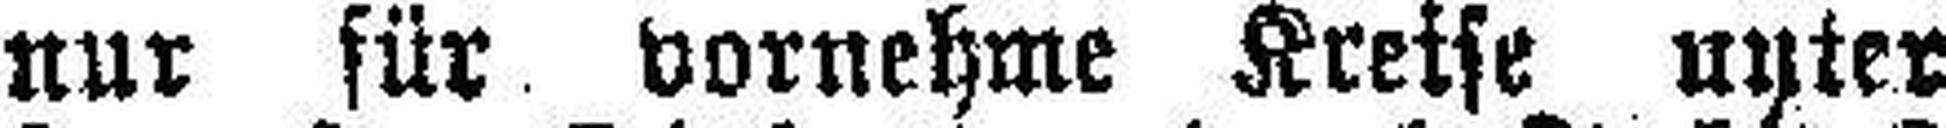
nur für vornehme Kreise unter